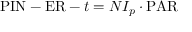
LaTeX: { \mathrm { P I N } } - { \mathrm { E R } } - t = N I _ { p } \cdot { \mathrm { P A R } }